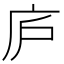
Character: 庐